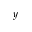
^ { y }